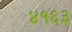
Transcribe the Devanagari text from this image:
४१६३